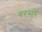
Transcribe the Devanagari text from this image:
बरसरे